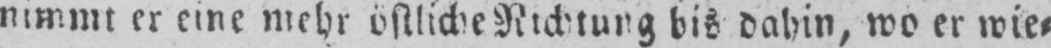
nimmt er eine mehr östliche Richtung bis dahin, wo er wie⸗